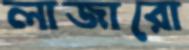
লাজারো